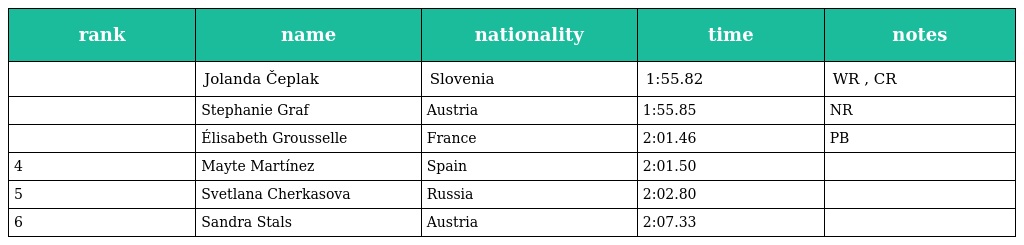
| rank | name | nationality | time | notes |
 | --- | --- | --- | --- | --- |
 |  | Jolanda Čeplak | Slovenia | 1:55.82 | WR , CR |
 |  | Stephanie Graf | Austria | 1:55.85 | NR |
 |  | Élisabeth Grousselle | France | 2:01.46 | PB |
 | 4 | Mayte Martínez | Spain | 2:01.50 |  |
 | 5 | Svetlana Cherkasova | Russia | 2:02.80 |  |
 | 6 | Sandra Stals | Austria | 2:07.33 |  |